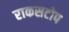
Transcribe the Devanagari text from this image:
राकसटोप